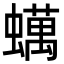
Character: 蠇